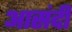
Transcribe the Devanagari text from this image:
आसंदी